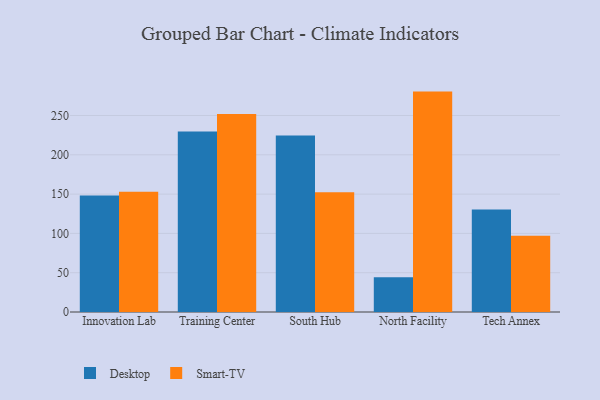
{"axis": {"x": "Campus", "y": "Humidity (%)"}, "legend": ["Desktop", "Smart-TV"], "data": [{"x": "Innovation Lab", "y": 148.3, "type": "Desktop"}, {"x": "Innovation Lab", "y": 153.1, "type": "Smart-TV"}, {"x": "Training Center", "y": 229.7, "type": "Desktop"}, {"x": "Training Center", "y": 252.0, "type": "Smart-TV"}, {"x": "South Hub", "y": 224.7, "type": "Desktop"}, {"x": "South Hub", "y": 152.4, "type": "Smart-TV"}, {"x": "North Facility", "y": 44.2, "type": "Desktop"}, {"x": "North Facility", "y": 280.4, "type": "Smart-TV"}, {"x": "Tech Annex", "y": 130.4, "type": "Desktop"}, {"x": "Tech Annex", "y": 97.0, "type": "Smart-TV"}]}